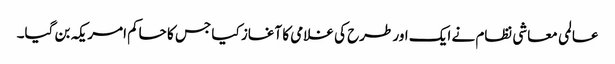
عالمی معاشی نظام نے ایک اور طرح کی غلامی کا آغاز کیا جس کا حاکم امریکہ بن گیا۔